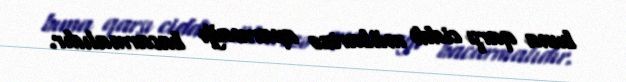
buna qarşı ciddi mübarizə aparmağı bacarmalıdır.